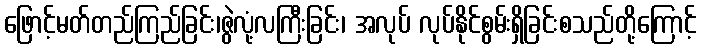
ဖြောင့်မတ်တည်ကြည်ခြင်း၊ဇွဲလုံ့လကြီးခြင်း၊ အလုပ် လုပ်နိုင်စွမ်းရှိခြင်းစသည်တို့ကြောင့်